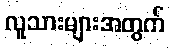
လူသားများအတွက်